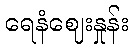
ရေနံဈေးနှုန်း